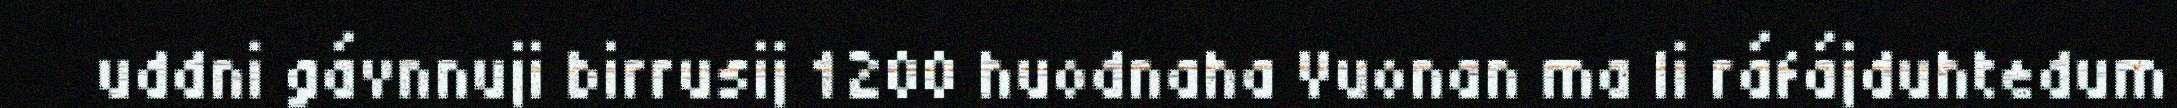
uddni gávnnuji birrusij 1200 huodnaha Vuonan ma li ráfájduhtedum